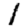
Digit: 1